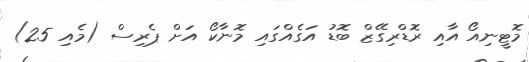
މޮޓީނިއޯ އާއި ރޮޑްރިގޭޒް ބޮޑު އަގެއްގައި މޮނާކޯ އަށް ޕެރިސް (މެއި 25)